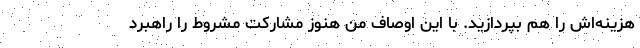
هزینه‌‌اش را هم بپردازید. با این اوصاف من هنوز مشارکت مشروط را راهبرد